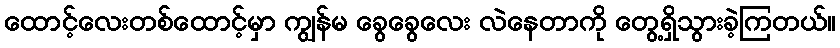
ထောင့်လေးတစ်ထောင့်မှာ ကျွန်မ ခွေခွေလေး လဲနေတာကို တွေ့ရှိသွားခဲ့ကြတယ်။